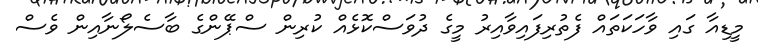
މީޑިއާ ގައި ވާހަކަތައް ފެތުރިފައިވާއިރު މީގެ ދުވަސްކޮޅެއް ކުރިން ސްޕޭންގެ ބާސެލޯނާއިން ވެސް